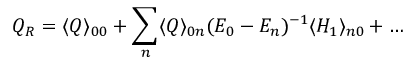
Q _ { R } = \langle Q \rangle _ { 0 0 } + \sum _ { n } \langle Q \rangle _ { 0 n } ( E _ { 0 } - E _ { n } ) ^ { - 1 } \langle H _ { 1 } \rangle _ { n 0 } + \dots